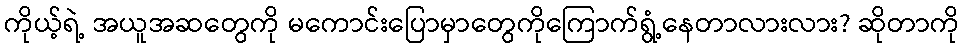
ကိုယ့်ရဲ့ အယူအဆတွေကို မကောင်းပြောမှာတွေကိုကြောက်ရွံ့နေတာလားလား? ဆိုတာကို